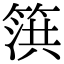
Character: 篊